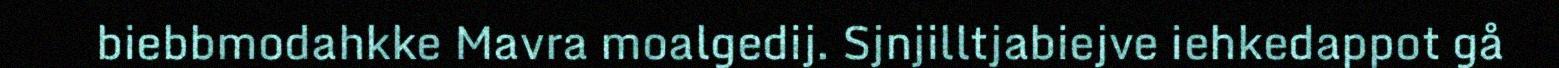
biebbmodahkke Mavra moalgedij. Sjnjilltjabiejve iehkedappot gå